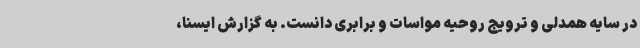
در سایه همدلی و ترویج روحیه مواسات و برابری دانست. به گزارش ایسنا،